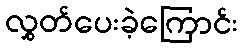
လွှတ်ပေးခဲ့ကြောင်း